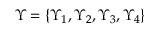
\boldsymbol { \Upsilon } = \left\lbrace \Upsilon _ { 1 } , \Upsilon _ { 2 } , \Upsilon _ { 3 } , \Upsilon _ { 4 } \right\rbrace